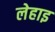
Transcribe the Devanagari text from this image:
लेहाइ